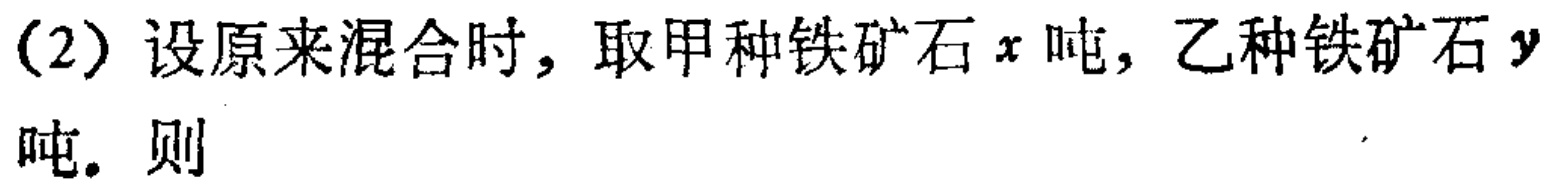
(2)设原来混合时，取甲种铁矿石\(x\)吨，乙种铁矿石\(y\)吨. 则